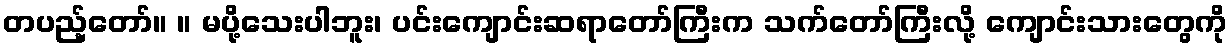
တပည့်တော်။ ။ မပို့သေးပါဘူး၊ ပင်းကျောင်းဆရာတော်ကြီးက သက်တော်ကြီးလို့ ကျောင်းသားတွေကို